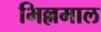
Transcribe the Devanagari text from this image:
भिल्लमाल